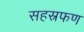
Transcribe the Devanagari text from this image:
सहस्रफण